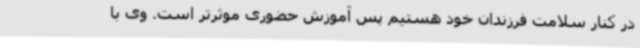
در کنار سلامت فرزندان خود هستیم پس آموزش حضوری موثرتر است. وی با